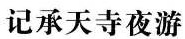
记承天寺夜游